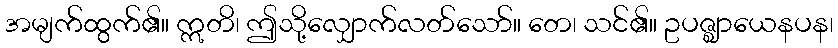
အမျက်ထွက်၏။ ဣတိ၊ ဤသို့လျှောက်လတ်သော်။ တေ၊ သင်၏။ ဥပဇ္ဈာယေနပန၊